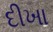
દીખા